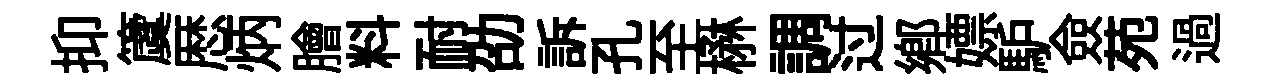
抑𥵂厯炳膾料耐劭訴孔至楙調过鄕嫖馿僉苑過